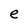
Character: e